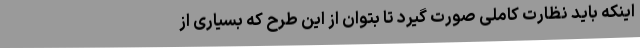
اینکه باید نظارت کاملی صورت گیرد تا بتوان از این طرح که بسیاری از